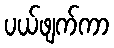
ပယ်ဖျက်ကာ